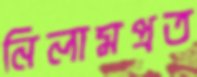
নিলামপ্রত